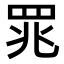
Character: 𫅄